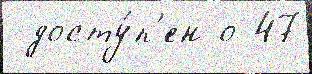
 досту́п'ен о 47